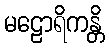
မဠောရိကန္တိ